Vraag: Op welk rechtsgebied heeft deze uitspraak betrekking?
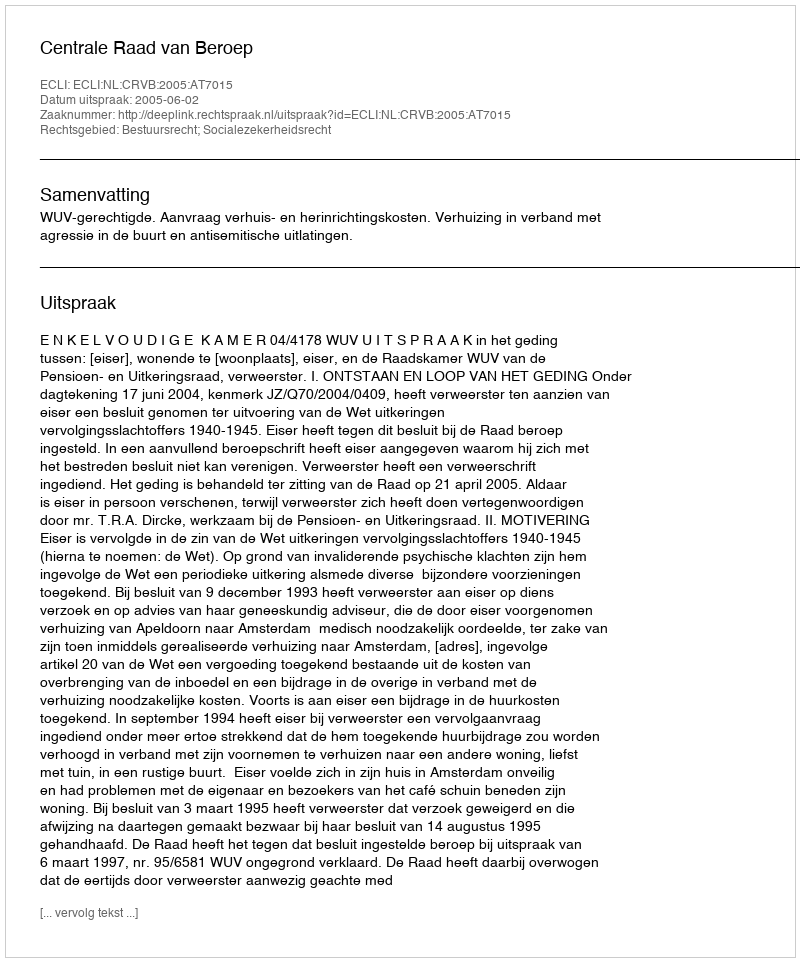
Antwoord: Bestuursrecht; Socialezekerheidsrecht